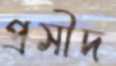
প্রসীদ